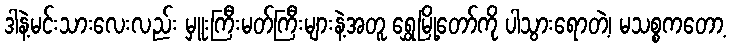
ဒါနဲ့မင်းသားလေးလည်း မှူးကြီးမတ်ကြီးများနဲ့အတူ ရွှေမြို့တော်ကို ပါသွားရောတဲ့၊ မသစ္စကတော့